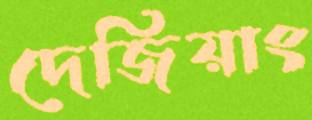
দেজিয়াং